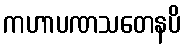
ကဟာပဏသတေနပိ